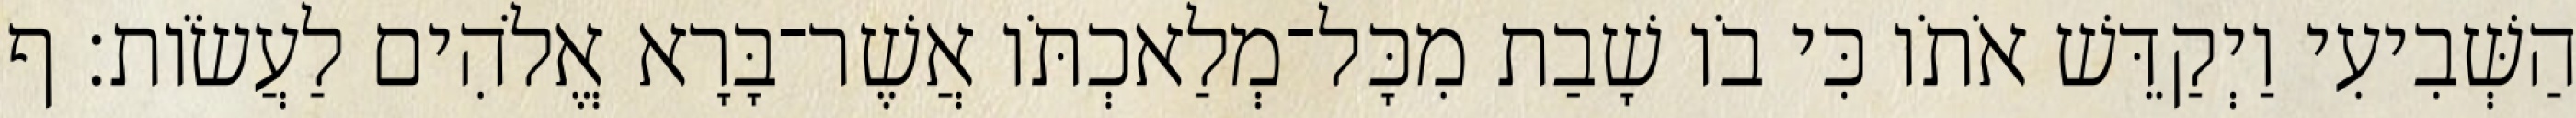
הַשְּׁבִיעִי וַיְקַדֵּשׁ אֹתֹו כִּי בֹו שָׁבַת מִכָּל־מְלַאכְתֹּו אֲשֶׁר־בָּרָא אֱלֹהִים לַעֲשֹׂות׃ ף